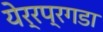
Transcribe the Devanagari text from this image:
येर्रप्रगडा